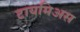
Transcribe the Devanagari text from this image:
टायमिअस